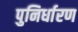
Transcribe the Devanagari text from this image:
पुनिर्धारण